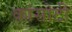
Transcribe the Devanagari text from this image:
कांसोटी